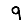
Digit: 9